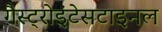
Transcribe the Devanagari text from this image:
गैस्ट्रोइंटेसटाइनल